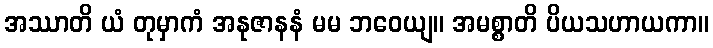
အဿာတိ ယံ တုမှာကံ အနုဇာနနံ မမ ဘဝေယျ။ အမစ္စာတိ ပိယသဟာယကာ။